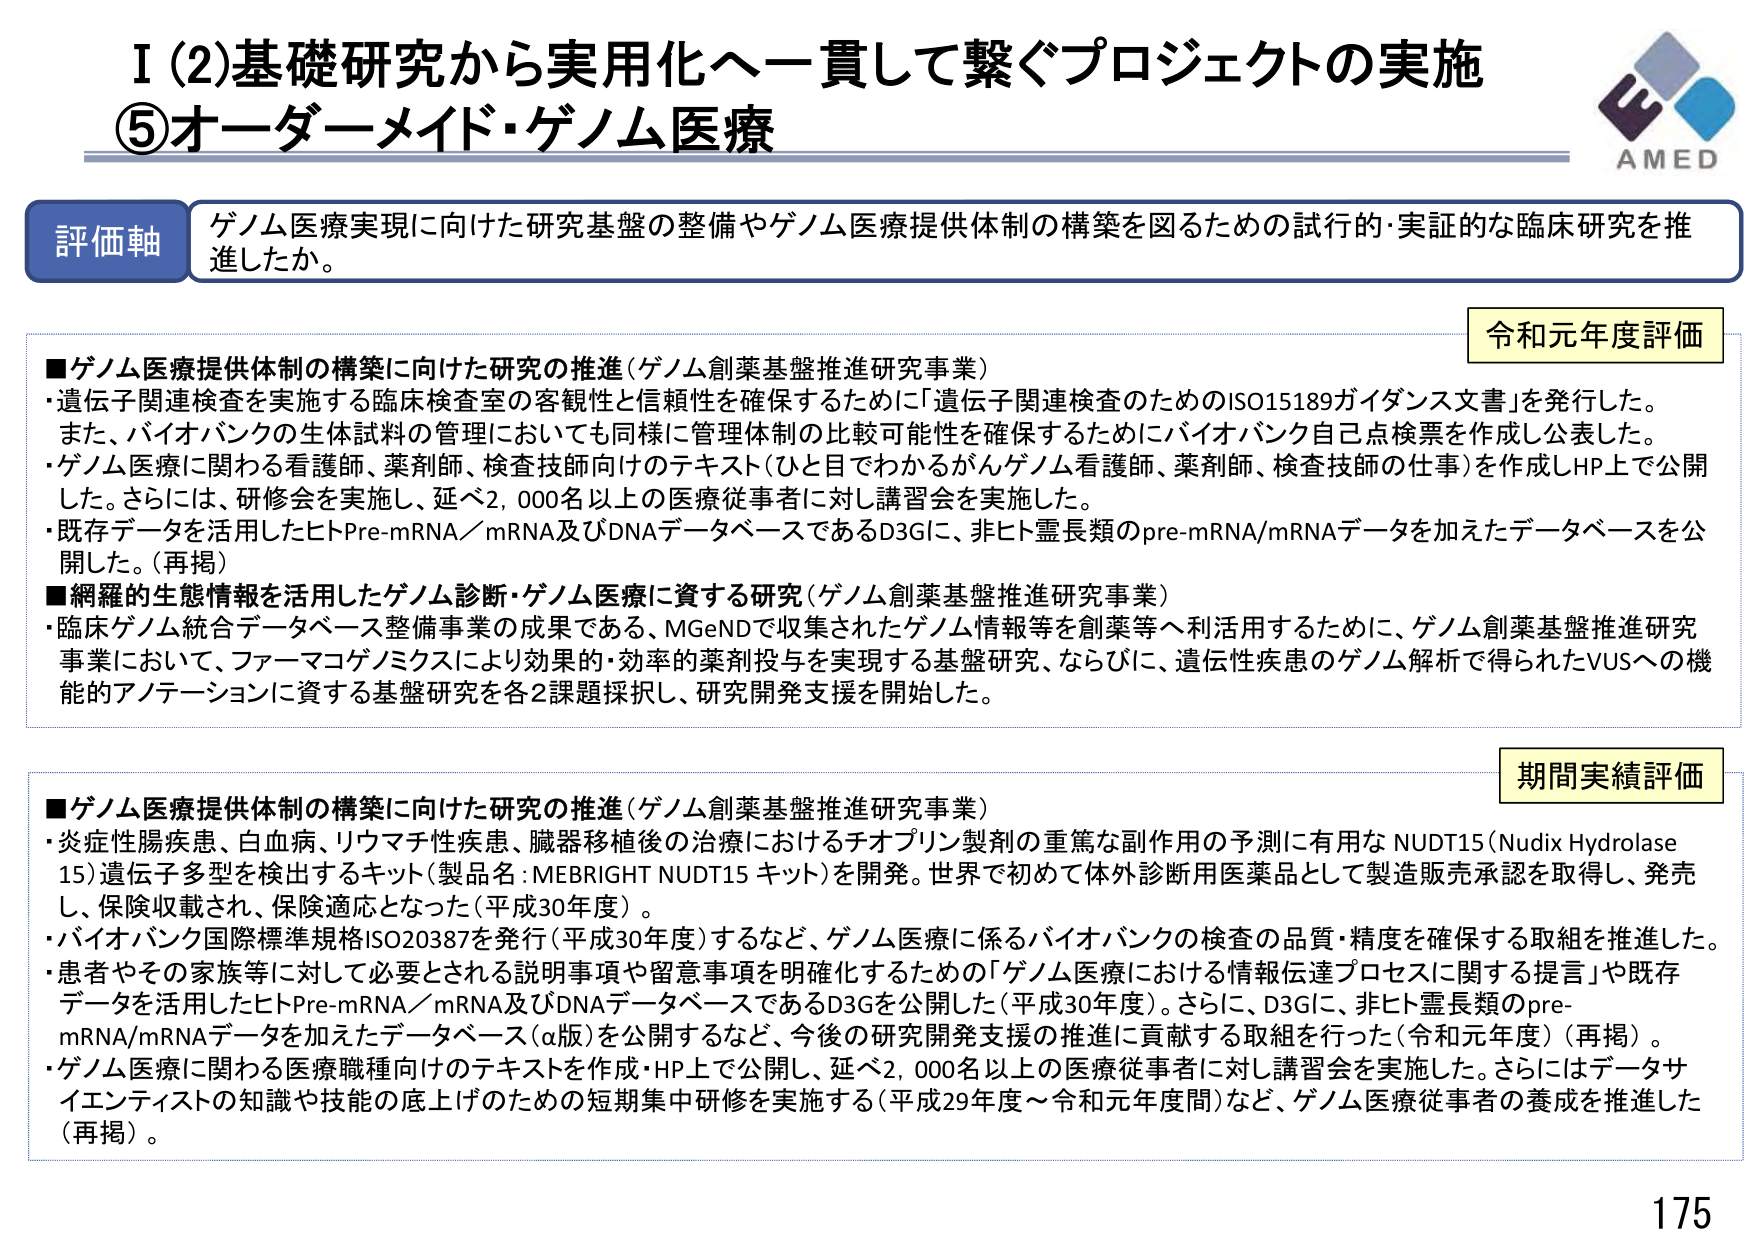
I (2) 基礎研究から実用化へ一貫して繋ぐプロジェクトの実施
⑤ オーダーメイド・ゲノム医療

評価軸
ゲノム医療実現に向けた研究基盤の整備やゲノム医療提供体制の構築を図るための試行的・実証的な臨床研究を推進したか。

令和元年度評価
■ゲノム医療提供体制の構築に向けた研究の推進（ゲノム創薬基盤推進研究事業）
・遺伝子関連検査を実施する臨床検査室の客観性と信頼性を確保するために「遺伝子関連検査のためのISO15189ガイダンス文書」を発行した。
また、バイオバンクの生体試料の管理においても同様に管理体制の比較可能性を確保するためにバイオバンク自己点検票を作成し公表した。
・ゲノム医療に関わる看護師、薬剤師、検査技師向けのテキスト（ひと目でわかるがんゲノム看護師、薬剤師、検査技師の仕事）を作成しHP上で公開した。さらに、研修会を実施し、延べ2,000名以上の医療従事者に対し講習会を実施した。
・既存データを活用したヒトPre-mRNA／mRNA及びDNAデータベースであるD3Gに、非ヒト霊長類のpre-mRNA/mRNAデータを加えたデータベースを公開した。（再掲）
■網羅的生態情報を活用したゲノム診断・ゲノム医療に資する研究（ゲノム創薬基盤推進研究事業）
・臨床ゲノム統合データベース整備事業の成果である、MGeNDで収集されたゲノム情報等を創薬等へ利活用するために、ゲノム創薬基盤推進研究事業において、ファーマコゲノミクスにより効果的・効率的薬剤投与を実現する基盤研究、ならびに、遺伝性疾患のゲノム解析で得られたVUSへの機能的アノテーションに資する基盤研究を各2課題採択し、研究開発支援を開始した。

期間実績評価
■ゲノム医療提供体制の構築に向けた研究の推進（ゲノム創薬基盤推進研究事業）
・炎症性腸疾患、白血病、リウマチ性疾患、臓器移植後の治療におけるチオプリン製剤の重篤な副作用の予測に有用なNUDT15（Nudix Hydrolase 15）遺伝子多型を検出するキット（製品名：MEBRIGHT NUDT15 キット）を開発。世界で初めて体外診断用医薬品として製造販売承認を取得し、発売し、保険収載され、保険適応となった（平成30年度）。
・バイオバンク国際標準規格ISO20387を発行（平成30年度）するなど、ゲノム医療に係るバイオバンクの検査の品質・精度を確保する取組を推進した。
・患者やその家族等に対して必要とされる説明事項や留意事項を明確化するための「ゲノム医療における情報伝達プロセスに関する提言」や既存データを活用したヒトPre-mRNA／mRNA及びDNAデータベースであるD3Gを公開した（平成30年度）。さらに、D3Gに、非ヒト霊長類のpre-mRNA/mRNAデータを加えたデータベース（α版）を公開するなど、今後の研究開発支援の推進に貢献する取組を行った（令和元年度）（再掲）。
・ゲノム医療に関わる医療職種向けのテキストを作成・HP上で公開し、延べ2,000名以上の医療従事者に対し講習会を実施した。さらにはデータサイエンティストの知識や技能の底上げのための短期集中研修を実施する（平成29年度～令和元年度間）など、ゲノム医療従事者の養成を推進した（再掲）。

AMED
175